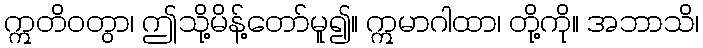
ဣတိဝတွာ၊ ဤသို့မိန့်တော်မူ၍။ ဣမာဂါထာ၊ တို့ကို။ အဘာသိ၊